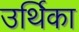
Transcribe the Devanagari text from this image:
उर्थिका